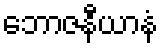
ဘောဇနီယာနံ